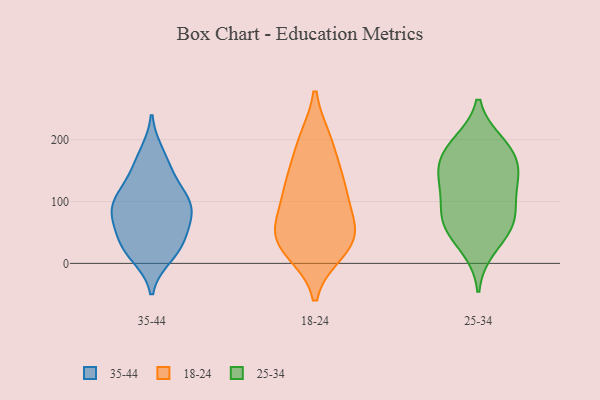
{"axis": {"x": "Demand Index", "y": "Value"}, "legend": ["18-24", "25-34", "35-44"], "data": [{"x": "", "y": 23, "type": "35-44"}, {"x": "", "y": 85, "type": "35-44"}, {"x": "", "y": 59, "type": "35-44"}, {"x": "", "y": 30, "type": "35-44"}, {"x": "", "y": 102, "type": "35-44"}, {"x": "", "y": 71, "type": "35-44"}, {"x": "", "y": 134, "type": "35-44"}, {"x": "", "y": 13, "type": "35-44"}, {"x": "", "y": 177, "type": "35-44"}, {"x": "", "y": 94, "type": "35-44"}, {"x": "", "y": 158, "type": "35-44"}, {"x": "", "y": 88, "type": "35-44"}, {"x": "", "y": 109, "type": "35-44"}, {"x": "", "y": 32, "type": "35-44"}, {"x": "", "y": 36, "type": "18-24"}, {"x": "", "y": 96, "type": "18-24"}, {"x": "", "y": 40, "type": "18-24"}, {"x": "", "y": 197, "type": "18-24"}, {"x": "", "y": 55, "type": "18-24"}, {"x": "", "y": 121, "type": "18-24"}, {"x": "", "y": 197, "type": "18-24"}, {"x": "", "y": 133, "type": "18-24"}, {"x": "", "y": 135, "type": "18-24"}, {"x": "", "y": 21, "type": "18-24"}, {"x": "", "y": 30, "type": "18-24"}, {"x": "", "y": 63, "type": "18-24"}, {"x": "", "y": 171, "type": "25-34"}, {"x": "", "y": 193, "type": "25-34"}, {"x": "", "y": 194, "type": "25-34"}, {"x": "", "y": 128, "type": "25-34"}, {"x": "", "y": 134, "type": "25-34"}, {"x": "", "y": 147, "type": "25-34"}, {"x": "", "y": 107, "type": "25-34"}, {"x": "", "y": 70, "type": "25-34"}, {"x": "", "y": 70, "type": "25-34"}, {"x": "", "y": 25, "type": "25-34"}, {"x": "", "y": 72, "type": "25-34"}, {"x": "", "y": 54, "type": "25-34"}, {"x": "", "y": 167, "type": "25-34"}]}